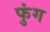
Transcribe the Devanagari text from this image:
फुंग